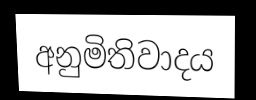
අනුමිතිවාදය